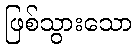
ဖြစ်သွားသော